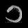
Digit: ၁